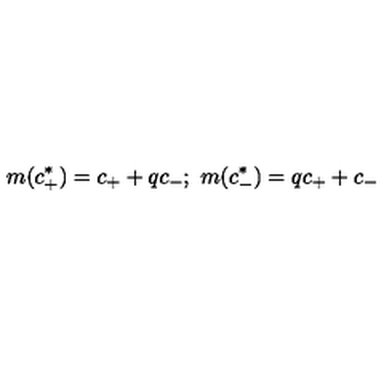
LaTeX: m ( c _ { + } ^ { * } ) = c _ { + } + q c _ { - } ; \ m ( c _ { - } ^ { * } ) = q c _ { + } + c _ { - }